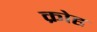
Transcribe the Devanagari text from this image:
क्रोह